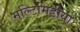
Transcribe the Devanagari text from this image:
मल्टिमिडीया